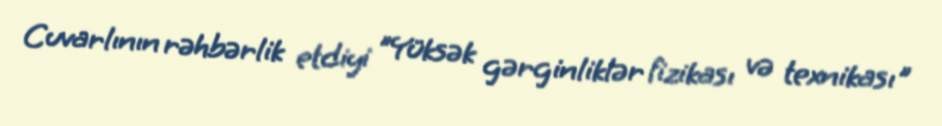
Cuvarlının rəhbərlik etdiyi "Yüksək gərginliklər fizikası və texnikası"